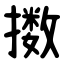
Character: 擞